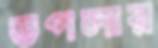
ডপলার